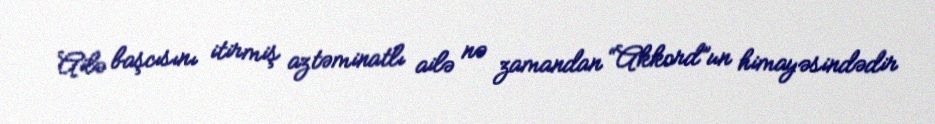
Ailə başcısını itirmiş aztəminatlı ailə nə zamandan “Akkord”un himayəsindədir